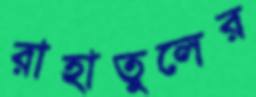
রাহাতুলের